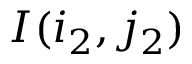
I ( i _ { 2 } , j _ { 2 } )